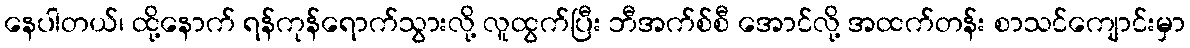
နေပါတယ်၊ ထို့နောက် ရန်ကုန်ရောက်သွားလို့ လူထွက်ပြီး ဘီအက်စ်စီ အောင်လို့ အထက်တန်း စာသင်ကျောင်းမှာ